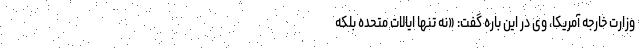
وزارت خارجه آمریکا، وی در این باره گفت: «نه تنها ایالات متحده بلکه